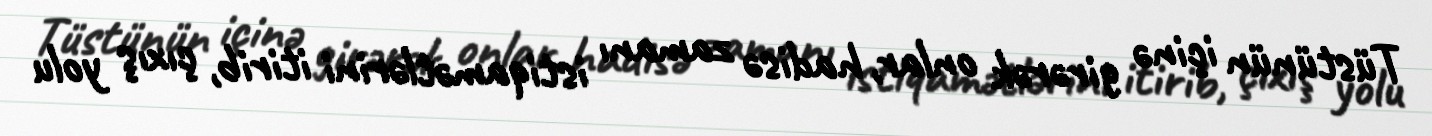
Tüstünün içinə girərək onlar, hadisə zamanı istiqamətlərini itirib, çıxış yolu